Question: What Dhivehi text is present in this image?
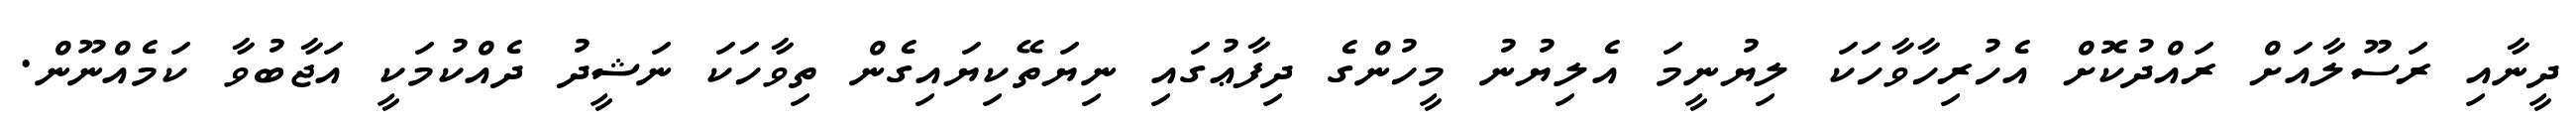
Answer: ދީނާއި ރަސޫލާއަށް ރައްދުކޮށް އެހުރިހާވާހަކަ ލިޔުނީމަ އެލިޔުނު މީހުންގެ ދިފާޢުގައި ނިޔަތޭކިޔައިގެން ތިވާހަކަ ނަޝީދު ދެއްކުމަކީ އަޖާބުވާ ކަމެއްނޫން.